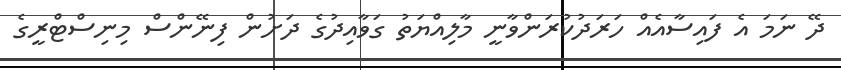
ދޭ ނަމަ އެ ފައިސާއެއް ހަރަދުކުރަންވާނީ މާލިއްޔަތު ގަވާއިދުގެ ދަށުން ފިނޭންސް މިނިސްޓްރީގެ